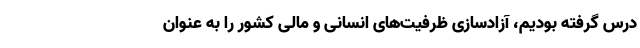
درس گرفته بودیم، آزادسازی ظرفیت‌های انسانی و مالی کشور را به عنوان